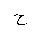
Letter: _gim